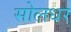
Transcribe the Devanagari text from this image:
सोलधर